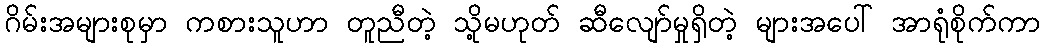
ဂိမ်းအများစုမှာ ကစားသူဟာ တူညီတဲ့ သို့မဟုတ် ဆီလျော်မှုရှိတဲ့ များအပေါ် အာရုံစိုက်ကာ